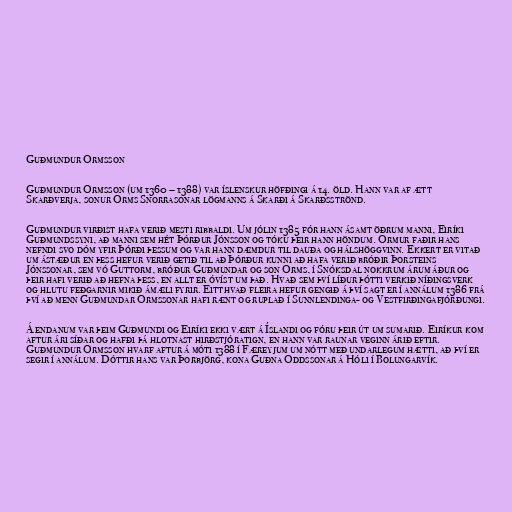
Guðmundur Ormsson

Guðmundur Ormsson (um 1360 – 1388) var íslenskur höfðingi á 14. öld. Hann var af ætt
Skarðverja, sonur Orms Snorrasonar lögmanns á Skarði á Skarðsströnd.

Guðmundur virðist hafa verið mesti ribbaldi. Um jólin 1385 fór hann ásamt öðrum manni, Eiríki
Guðmundssyni, að manni sem hét Þórður Jónsson og tóku þeir hann höndum. Ormur faðir hans
nefndi svo dóm yfir Þórði þessum og var hann dæmdur til dauða og hálshöggvinn. Ekkert er vitað
um ástæður en þess hefur verið getið til að Þórður kunni að hafa verið bróðir Þorsteins
Jónssonar, sem vó Guttorm, bróður Guðmundar og son Orms, í Snóksdal nokkrum árum áður og
þeir hafi verið að hefna þess, en allt er óvíst um það. Hvað sem því líður þótti verkið níðingsverk
og hlutu feðgarnir mikið ámæli fyrir. Eitthvað fleira hefur gengið á því sagt er í annálum 1386 frá
því að menn Guðmundar Ormssonar hafi rænt og ruplað í Sunnlendinga- og Vestfirðingafjórðungi.

Á endanum var þeim Guðmundi og Eiríki ekki vært á Íslandi og fóru þeir út um sumarið. Eiríkur kom
aftur ári síðar og hafði þá hlotnast hirðstjóratign, en hann var raunar veginn árið eftir.
Guðmundur Ormsson hvarf aftur á móti 1388 í Færeyjum um nótt með undarlegum hætti, að því er
segir í annálum. Dóttir hans var Þorbjörg, kona Guðna Oddssonar á Hóli í Bolungarvík.